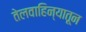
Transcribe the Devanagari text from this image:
तेलवाहिन्यातून